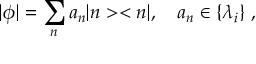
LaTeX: | \phi | = \sum _ { n } a _ { n } | n > < n | , \quad a _ { n } \in \{ \lambda _ { i } \} ~ ,